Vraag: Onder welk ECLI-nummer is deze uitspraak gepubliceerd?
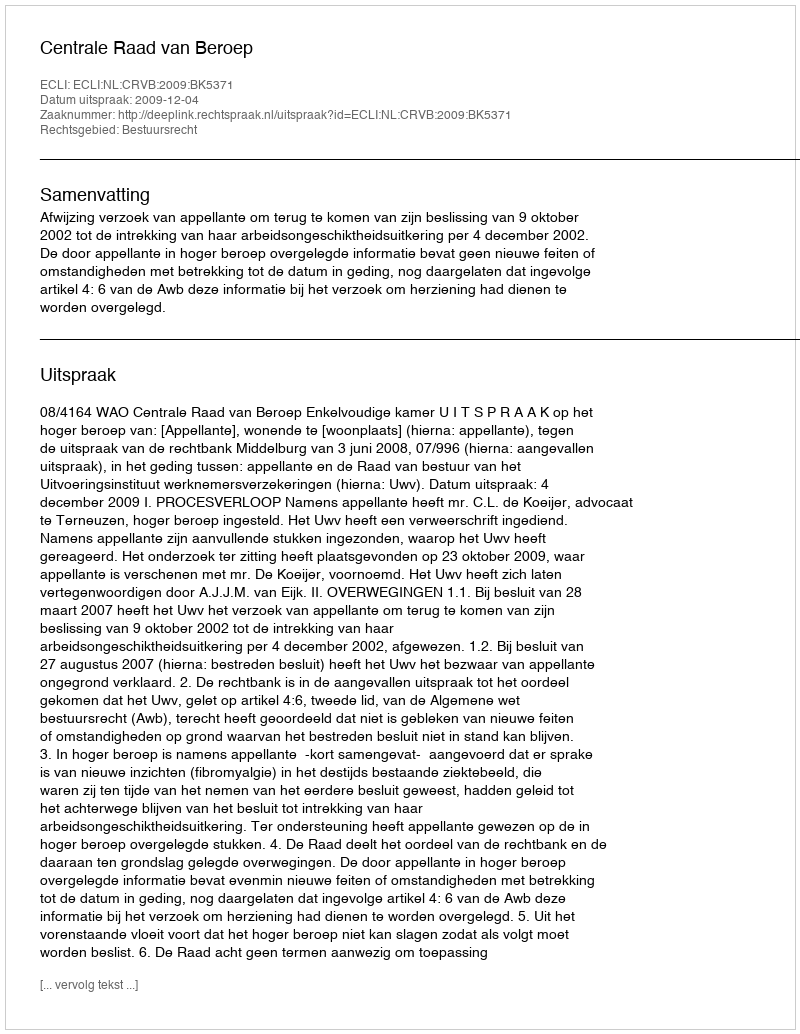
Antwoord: ECLI:NL:CRVB:2009:BK5371